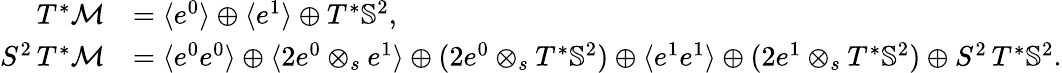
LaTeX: \begin{array}{rl}{T^{*}\mathcal{M}}&{=\langle e^{0}\rangle\oplus\langle e^{1}\rangle\oplus T^{*}\mathbb{S}^{2},}\\ {S^{2}\, T^{*}\mathcal{M}}&{=\langle e^{0}e^{0}\rangle\oplus\langle 2e^{0}\otimes_{s}e^{1}\rangle\oplus(2e^{0}\otimes_{s}T^{*}\mathbb{S}^{2})\oplus\langle e^{1}e^{1}\rangle\oplus(2e^{1}\otimes_{s}T^{*}\mathbb{S}^{2})\oplus S^{2}\, T^{*}\mathbb{S}^{2}.}\end{array}